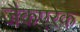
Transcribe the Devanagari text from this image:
जैकएरेक